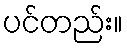
ပင်တည်း။